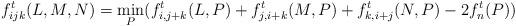
LaTeX: \begin{align*} f^t_{ijk}(L,M,N) = \min_{P} (f^t_{i,j+k}(L,P) + f^t_{j,i+k}(M,P) + f^t_{k,i+j}(N,P) - 2f^t_n(P))\end{align*}